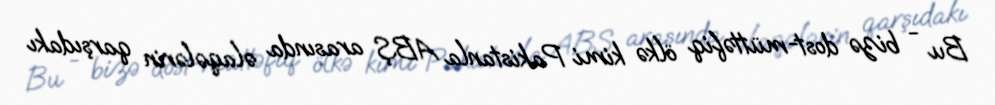
Bu - bizə dost-müttəfiq ölkə kimi Pakistanla ABŞ arasında əlaqələrin qarşıdakı